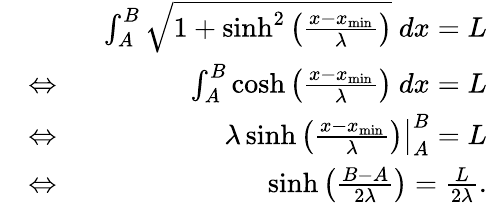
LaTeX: \begin{array}{rlr}&{~}&{~~\int_{A}^{B}\sqrt{1+\sinh^{2}\left(\frac{x-x_{\mathrm{min}}}{\lambda}\right)}~dx=L}\\ &{\Leftrightarrow}&{~~\int_{A}^{B}\cosh\left(\frac{x-x_{\mathrm{min}}}{\lambda}\right)~dx=L}\\ &{\Leftrightarrow}&{~~\left.\lambda\sinh\left(\frac{x-x_{\mathrm{min}}}{\lambda}\right)\right|_{A}^{B}=L}\\ &{\Leftrightarrow}&{~~\sinh\left(\frac{B-A}{2\lambda}\right)=\frac{L}{2\lambda}.}\end{array}